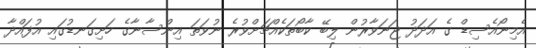
އެމިނޯއެސިޑް ގެ އަދަދު ޖަނަވާރުން ލިބޭ ކާބޯތަކެއްޗަށްވުރެ ނުވަތަ އިންސާނާގެ ހަށިގަނޑުގައި އުފައްދާ